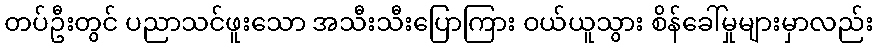
တပ်ဦးတွင် ပညာသင်ဖူးသော အသီးသီးပြောကြား ဝယ်ယူသွား စိန်ခေါ်မှုများမှာလည်း